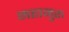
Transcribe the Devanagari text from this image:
महामुरु